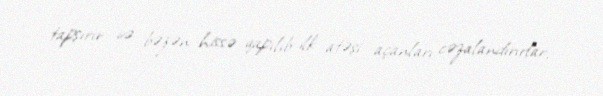
tapşırır və bəzən hissə qapılıb ilk atəşi açanları cəzalandırırlar.